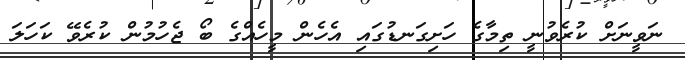
ނަވީނަށް ކުރެވުނީ ތިމާގެ ހަށިގަނޑުގައި އެހެން މީހެއްގެ ބޯ ޖެހުމުން ކުރެވޭ ކަހަލަ